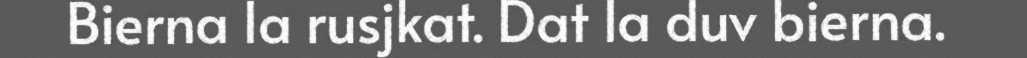
Bierna la rusjkat. Dat la duv bierna.